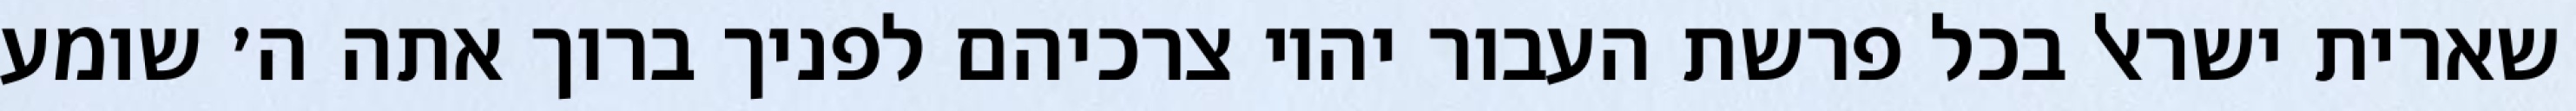
שארית ישראל בכל פרשת העבור יהיו צרכיהם לפניך ברוך אתה ה׳ שומע